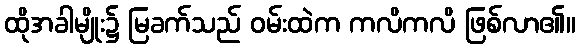
ထိုအခါမျိုး၌ မြခက်သည် ဝမ်းထဲက ကလိကလိ ဖြစ်လာ၏။